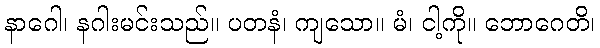
နာဂေါ၊ နဂါးမင်းသည်။ ပတနံ၊ ကျသော။ မံ၊ ငါ့ကို။ ဘောဂေတိ၊